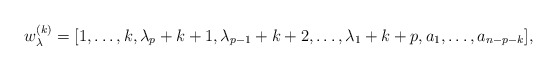
\begin{gather*}w_{\lambda}^{(k)} = [1, \ldots, k, \lambda_p+k+1, \lambda_{p-1}+k+2,\ldots,\lambda_1+k+p, a_1,\ldots,a_{n-p-k}],\end{gather*}